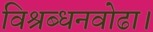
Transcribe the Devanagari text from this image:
विश्रब्धनवोढा।